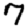
Digit: 7